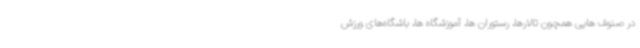
در صنوف هایی همچون تالارها، رستوران ها، آموزشگاه ها، باشگاه‌های ورزش